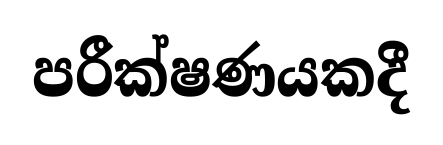
පරීක්ෂණයකදී